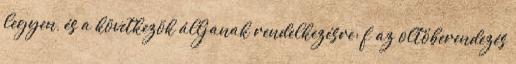
legyen, és a következõk álljanak rendelkezésre: f az oltóberendezés